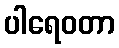
ပါရေဝတာ